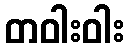
တဝါးဝါး